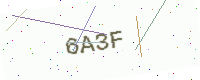
Text: 6A3F